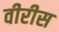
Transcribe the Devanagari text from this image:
वीरीस